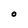
Character: O